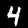
Digit: 4